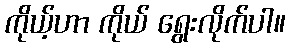
ကိုယ့်ဟာ ကိုယ် ရွေးလိုက်ပါ။